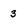
Character: 3